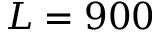
L = 9 0 0